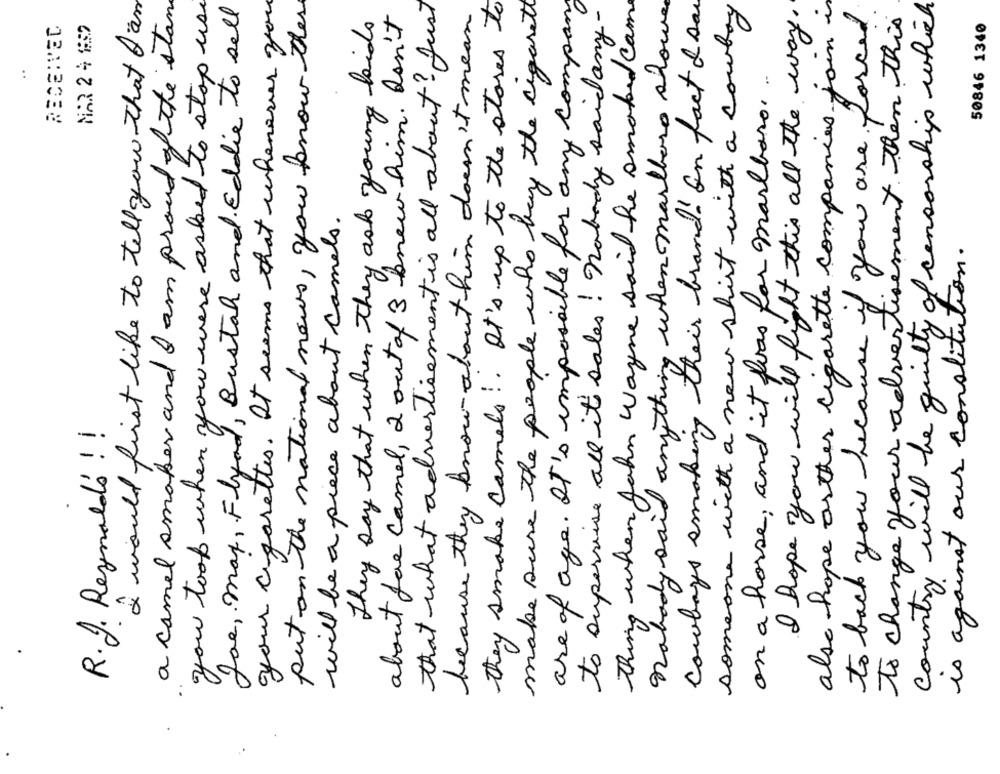
I would first like to tell you that Iam
a camel smaker and I am proud of the stan
you took when you were asked to stop use
Joe, max, Flyod, Bustah and Eddie to sell
your cigarettes. It seems that whenever you
put on the national news, you know the
that what advertisement is all about? Just
they smake camels !. It's up to the stores to
make sure the people who buy the cigarett
are of age. It's impossible for any company
Thing when John wayne said he smoked cam
Ralady said anything when marlboro shows
Cowboys smoking their brand! on fact & sac
also hope arther cigarette companies join i
country will be guilty of censorship which
because they know about him doesn't mean
to supervise all it sales! nobody said any-
someone with a new shirt with a cowboy
I hope you will fight this all the way.
to back you because of you are forced
They say that when they ask young laids
about for camel, 2 out of 3 knew him. Don't
to change your advertisement. then this
50846 1340
RECEIVED
MAR 2 4 6557
..
on a horse, and it fios for marlboro ..
will be a piece about camels.
is against our constitution.
R. J. Reynolds ! !